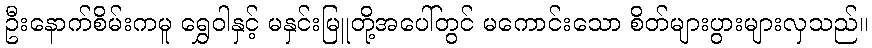
ဦးနောက်စိမ်းကမူ ရွှေဝါနှင့် မနှင်းမြူတို့အပေါ်တွင် မကောင်းသော စိတ်များပွားများလှသည်။